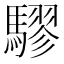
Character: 𮪙